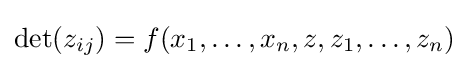
\det(z_{ij})=f(x_{1},\dots ,x_{n},z,z_{1},\dots ,z_{n})